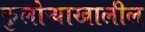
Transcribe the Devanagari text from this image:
फुलोऱ्याखालील